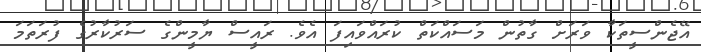
އޭޖެންސީތަކާ ވަރަށް ގާތުން މަސައްކަތް ކުރައްވައިފަ އެވެ. ރައީސް ޔާމީންގެ ސަރުކާރުގެ ފުރަތަމަ